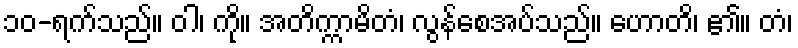
၁၀-ရက်သည်။ ဝါ၊ ကို။ အတိက္ကာမိတံ၊ လွန်စေအပ်သည်။ ဟောတိ၊ ၏။ တံ၊